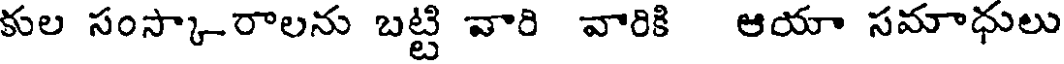
కుల సంస్కా-రాలను బట్టి వారి వారికి ఆయా సమాధులు